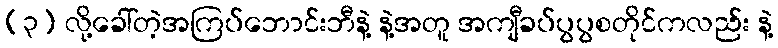
(၃) လို့ခေါ်တဲ့အကြပ်ဘောင်းဘီနဲ့ နဲ့အတူ အကျီခပ်ပွပွစတိုင်ကလည်း နဲ့